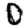
Digit: 0